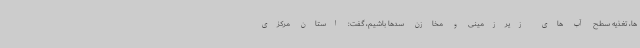
ها، تغذیه سطح آب های زیرزمینی و مخازن سدها باشیم، گفت: استان مرکزی